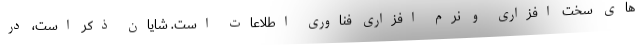
های سخت افزاری و نرم افزاری فناوری اطلاعات است. شایان ذکر است، در